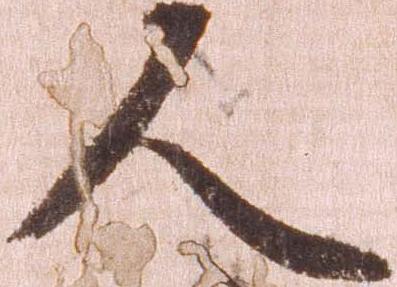
人